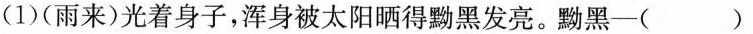
(1)(雨来)光着身子，浑身被太阳晒得黝黑发亮。黝黑-()